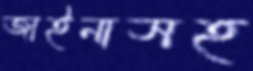
জাইনাসহ